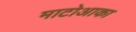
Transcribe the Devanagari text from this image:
माटोआका